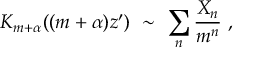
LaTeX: K _ { m + \alpha } ( ( m + \alpha ) z ^ { \prime } ) \ \sim \ \sum _ { n } \frac { X _ { n } } { m ^ { n } } \ ,